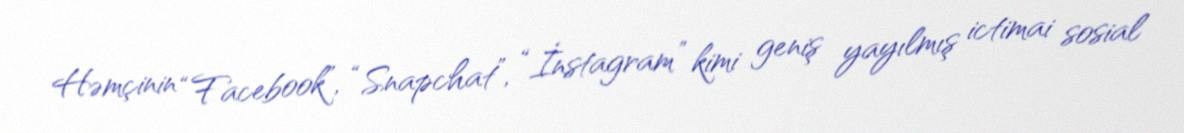
Həmçinin “Facebook”, “Snapchat”, “İnstagram” kimi geniş yayılmış ictimai sosial